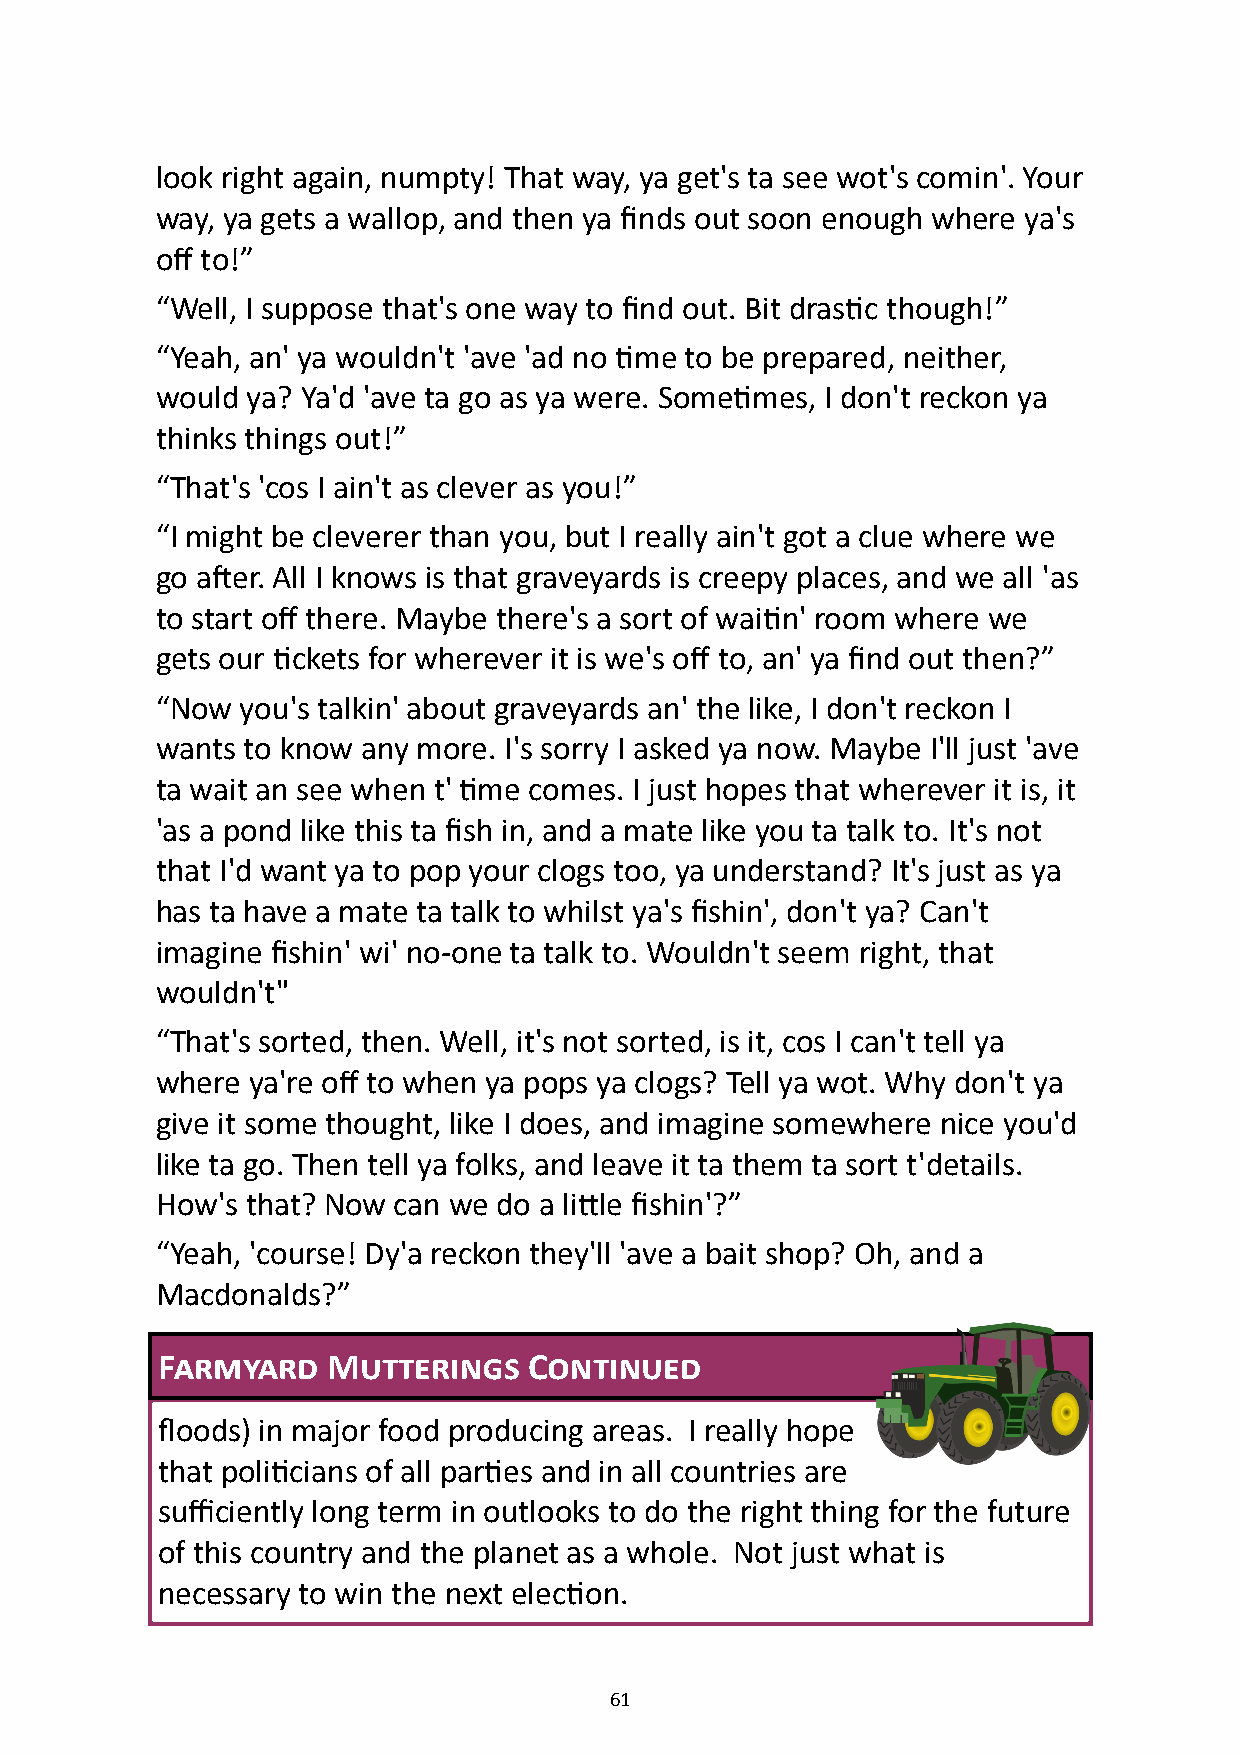
look right again, numpty! That way, ya get's ta see wot's comin'. Your
 way, ya gets a wallop, and then ya finds out soon enough where ya's
 off to!”
 “Well, I suppose that's one way to find out. Bit drastic though!”
 “Yeah, an' ya wouldn't 'ave 'ad no time to be prepared, neither,
 would ya? Ya'd 'ave ta go as ya were. Sometimes, I don't reckon ya
 thinks things out!”
 “That's 'cos I ain't as clever as you!”
 “I might be cleverer than you, but I really ain't got a clue where we
 go after. All I knows is that graveyards is creepy places, and we all 'as
 to start off there. Maybe there's a sort of waitin' room where we
 gets our tickets for wherever it is we's off to, an' ya find out then?”
 “Now  you's talkin' about graveyards an' the like, I don't reckon I
 wants to know any more. I's sorry I asked ya now. Maybe I'll just 'ave
 ta wait an see when t' time comes. I just hopes that wherever it is, it
 'as a pond like this ta fish in, and a mate like you ta talk to. It's not
 that I'd want ya to pop your clogs too, ya understand? It's just as ya
 has ta have a mate ta talk to whilst ya's fishin', don't ya? Can't
 imagine fishin' wi' no-one ta talk to. Wouldn't seem right, that
 wouldn't"
 “That's sorted, then. Well, it's not sorted, is it, cos I can't tell ya
 where ya're off to when ya pops ya clogs? Tell ya wot. Why don't ya
 give it some thought, like I does, and imagine somewhere nice you'd
 like ta go. Then tell ya folks, and leave it ta them ta sort t'details.
 How's that? Now can we do a little fishin'?”
 “Yeah, 'course! Dy'a reckon they'll 'ave a bait shop? Oh, and a
 Macdonalds?”
 Farmyard    Mutterings   Continued
 floods) in major food producing areas. I really hope
 that politicians of all parties and in all countries are
 sufficiently long term in outlooks to do the right thing for the future
 of this country and the planet as a whole. Not just what is
 necessary to win the next election.
 61